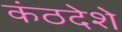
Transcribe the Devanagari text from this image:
कंठदेशे